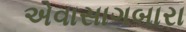
એવાસાગબારા